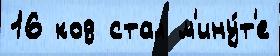
16 код стал м'ину́т'е